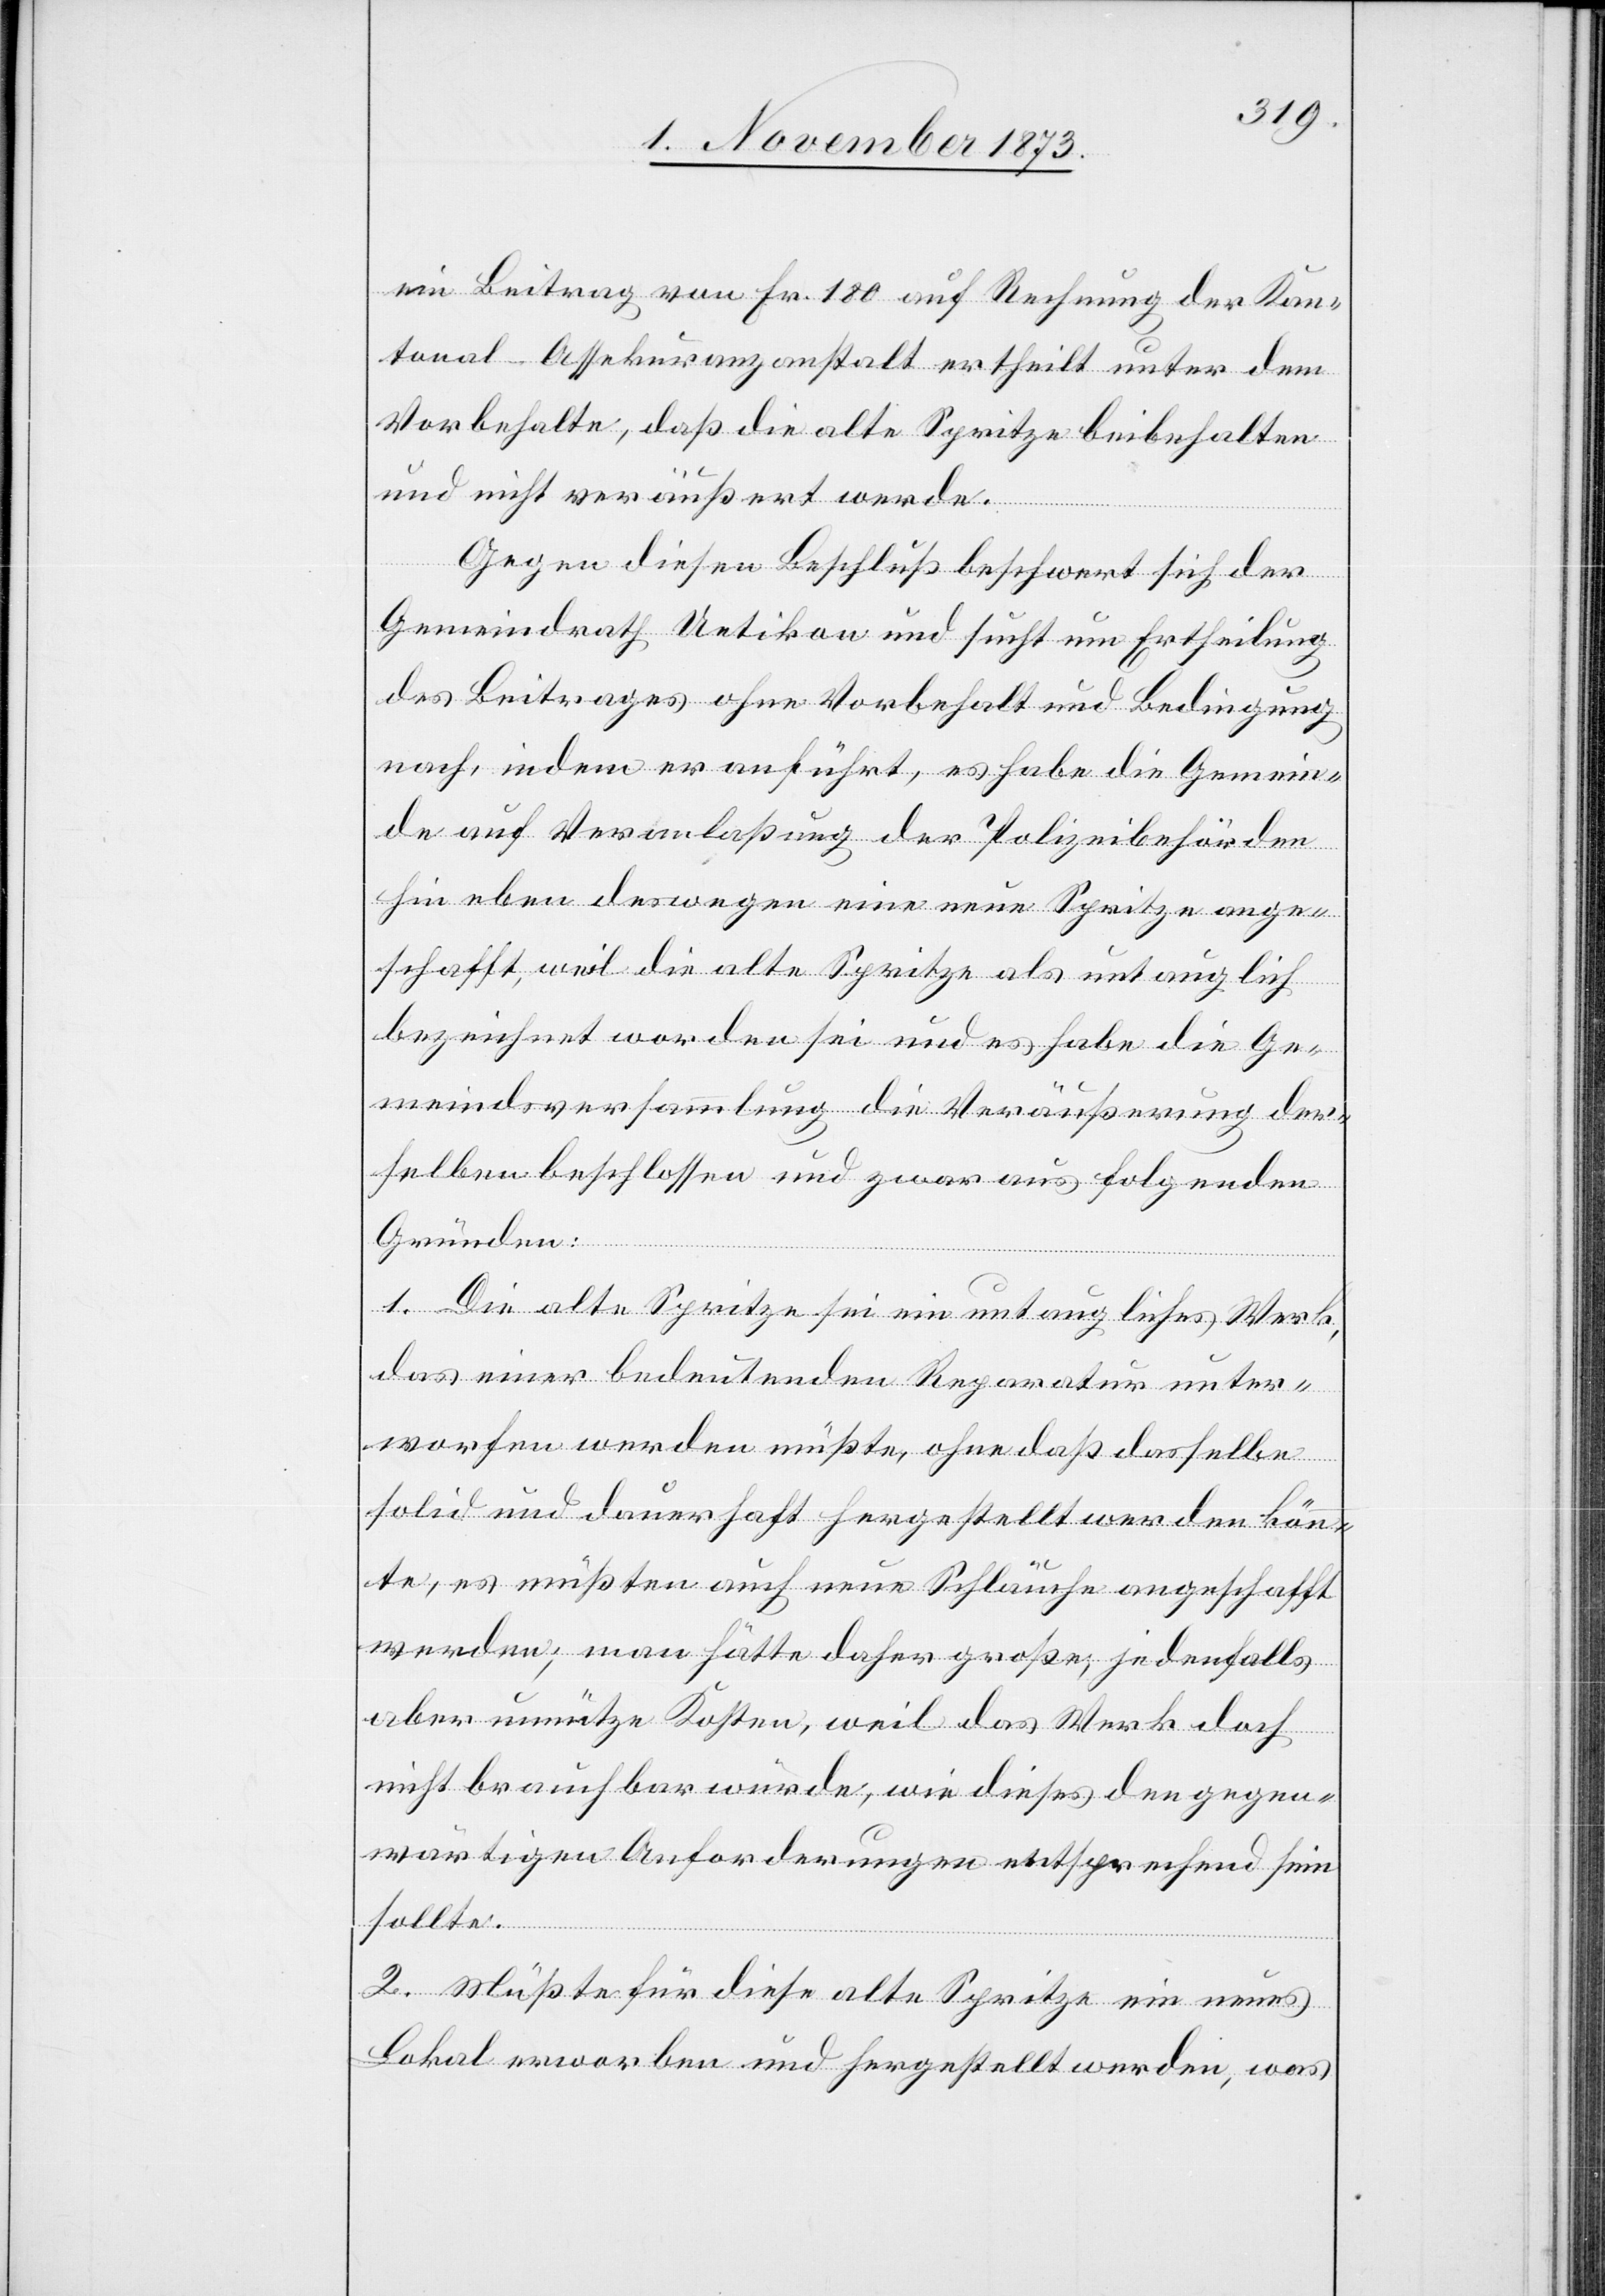
ein Beitrag von Fr. 180 auf Rechnung der Kan¬
tonal-Assekuranzanstalt ertheilt unter dem
Vorbehalte, daß die alte Spritze beibehalten
und nicht veräußert werde.
Gegen diesen Beschluß beschwert sich der
Gemeindrath Uetikon und sucht um Ertheilung
des Beitrages ohne Vorbehalt und Bedingung
nach, indem er anführt, es habe die Gemein¬
de auf Veranlaßung der Polizeibehörden
hin eben deswegen eine neue Spritze ange¬
schafft, weil die alte Spritze als untauglich
bezeichnet worden sei und es habe die Ge¬
meindsversammlung die Veräußerung der¬
selben beschlossen und zwar aus folgenden
Gründen:
1. Die alte Spritze sei ein untaugliches Werk,
das einer bedeutenden Reparatur unter¬
worfen werden müßte, ohne daß dasselbe
solid und dauerhaft hergestellt werden könn¬
te, es müßten auch neue Schläuche angeschafft
werden; man hätte daher große, jedenfalls
aber unnütze Kosten, weil das Werk doch
nicht brauchbar würde, wie dieses den gegen¬
wärtigen Anforderungen entsprechend sein
sollte.
2. Müßte für diese alte Spritze ein neues
Lokal erworben und hergestellt werden, was